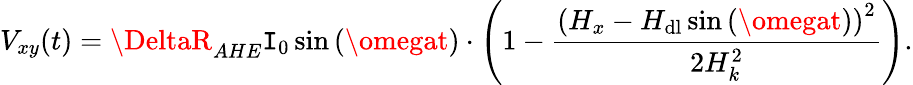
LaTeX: V_{xy}(t)=\DeltaR_{AHE}\mathtt{I}_{0}\sin{(\omegat)}\cdot{\left(1-\frac{{\left(H_{x}-H_{\mathrm{{dl}}}\sin{(\omegat)}\right)^{2}}}{{2H_{k}^{2}}}\right)}.